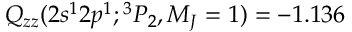
Q _ { z z } ( 2 s ^ { 1 } 2 p ^ { 1 } ; { ^ 3 P _ { 2 } , M _ { J } = 1 } ) = - 1 . 1 3 6